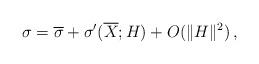
LaTeX: \begin{align*}\sigma=\overline{\sigma}+\sigma'(\overline{X};H)+O(\|H\|^{2})\,,\end{align*}